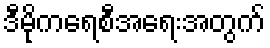
ဒီမိုကရေစီအရေးအတွက်